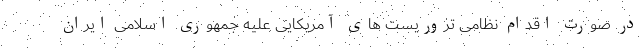
در صورت اقدام نظامی تروریست های آمریکایی علیه جمهوری اسلامی ایران